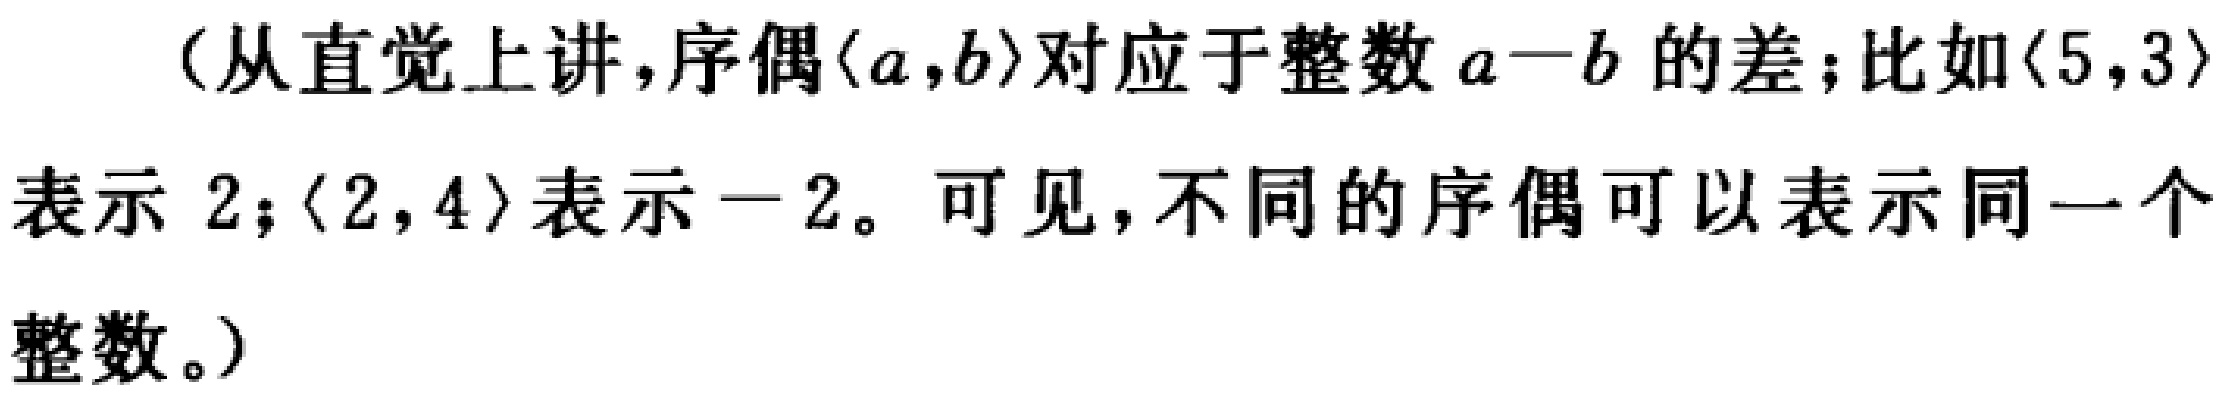
（从直觉上讲，序偶$\langle a,b\rangle$对应于整数$a - b$的差；比如$\langle 5,3\rangle$表示$2$；$\langle 2,4\rangle$表示$-2$。可见，不同的序偶可以表示同一个整数。）